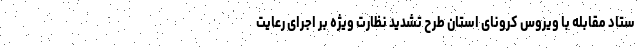
ستاد مقابله با ویروس کرونای استان طرح تشدید نظارت ویژه بر اجرای رعایت